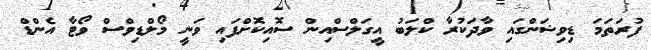
ފުރަތަމަ ޑިވިޝަންގައި ވާދަކުރާ ކްލަބު އީގަލްސްއިން ސޮއިކޮށްފައި ވަނީ މޯލްޑިވްސް ވޯޓާ އެންޑް